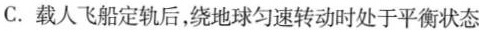
C.载人飞船定轨后，绕地球匀速转动时处于平衡状态